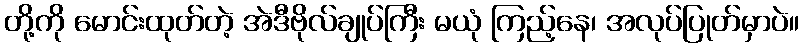
တို့ကို မောင်းထုတ်တဲ့ အဲဒီဗိုလ်ချုပ်ကြီး မယုံ ကြည့်နေ၊ အလုပ်ပြုတ်မှာပဲ။